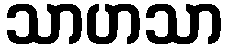
သာဟသာ